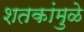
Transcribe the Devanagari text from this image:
शतकांमुळे